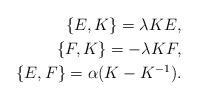
LaTeX: \begin{align*}\{E, K\}=\lambda KE,\\\{F, K\}= -\lambda KF,\\\{E, F\}=\alpha (K-K^{-1}).\end{align*}